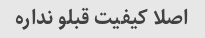
اصلا کیفیت قبلو نداره